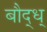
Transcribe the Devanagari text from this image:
बौद्ध्